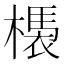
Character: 𣚝